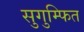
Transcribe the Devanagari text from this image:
सुगुम्फित